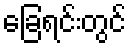
ခြေရင်းတွင်